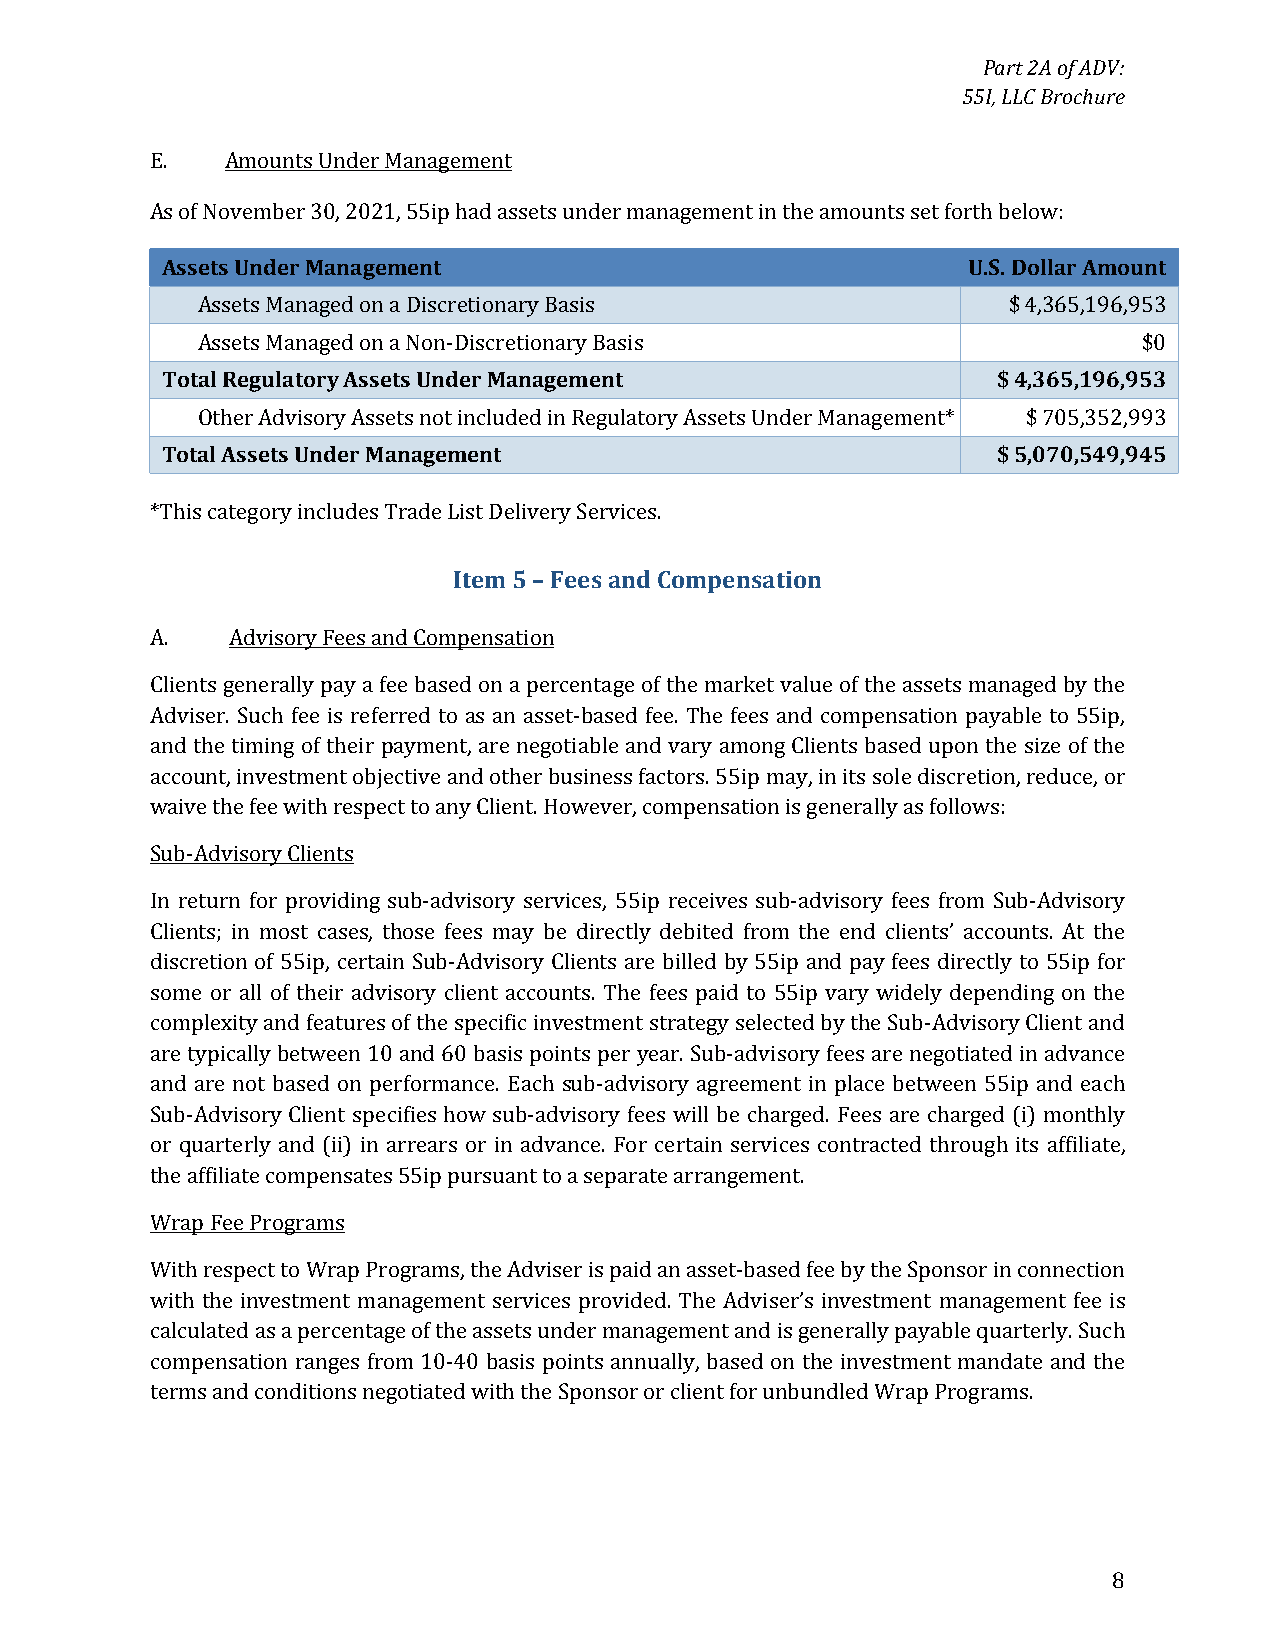
Part 2A of ADV:
 55I, LLC Brochure
 E.   Amounts Under Management
 As of November 30, 2021, 55ip had assets under management in the amounts set forth below:
 Assets Under Management                              U.S. Dollar Amount
 Assets Managed on a Discretionary Basis               $ 4,365,196,953
 Assets Managed on a Non-Discretionary Basis                    $0
 Total Regulatory Assets Under Management               $ 4,365,196,953
 Other Advisory Assets not included in Regulatory Assets Under Management* $ 705,352,993
 Total Assets Under Management                          $ 5,070,549,945
 *This category includes Trade List Delivery Services.
 Item 5 – Fees and Compensation
 A.   Advisory Fees and Compensation
 Clients generally pay a fee based on a percentage of the market value of the assets managed by the
 Adviser. Such fee is referred to as an asset-based fee. The fees and compensation payable to 55ip,
 and the timing of their payment, are negotiable and vary among Clients based upon the size of the
 account, investment objective and other business factors. 55ip may, in its sole discretion, reduce, or
 waive the fee with respect to any Client. However, compensation is generally as follows:
 Sub-Advisory Clients
 In return for providing sub-advisory services, 55ip receives sub-advisory fees from Sub-Advisory
 Clients; in most cases, those fees may be directly debited from the end clients’ accounts. At the
 discretion of 55ip, certain Sub-Advisory Clients are billed by 55ip and pay fees directly to 55ip for
 some or all of their advisory client accounts. The fees paid to 55ip vary widely depending on the
 complexity and features of the specific investment strategy selected by the Sub-Advisory Client and
 are typically between 10 and 60 basis points per year. Sub-advisory fees are negotiated in advance
 and are not based on performance. Each sub-advisory agreement in place between 55ip and each
 Sub-Advisory Client specifies how sub-advisory fees will be charged. Fees are charged (i) monthly
 or quarterly and (ii) in arrears or in advance. For certain services contracted through its affiliate,
 the affiliate compensates 55ip pursuant to a separate arrangement.
 Wrap Fee Programs
 With respect to Wrap Programs, the Adviser is paid an asset-based fee by the Sponsor in connection
 with the investment management services provided. The Adviser’s investment management fee is
 calculated as a percentage of the assets under management and is generally payable quarterly. Such
 compensation ranges from 10-40 basis points annually, based on the investment mandate and the
 terms and conditions negotiated with the Sponsor or client for unbundled Wrap Programs.
 8